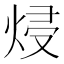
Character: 𭴵